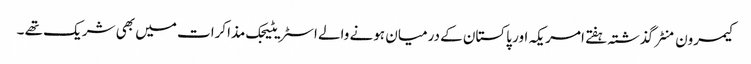
کیمرون منٹر گذشتہ ہفتے امریکہ اور پاکستان کے درمیان ہونے والے اسٹریٹیجک مذاکرات میں بھی شریک تھے ۔